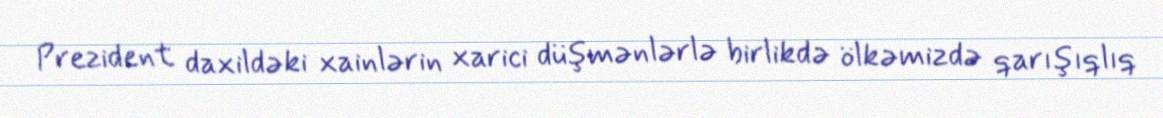
Prezident daxildəki xainlərin xarici düşmənlərlə birlikdə ölkəmizdə qarışıqlıq